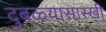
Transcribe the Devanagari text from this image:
दुबळ्यासारखी